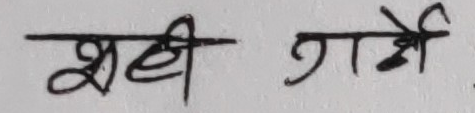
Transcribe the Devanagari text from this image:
सही गर्ने